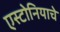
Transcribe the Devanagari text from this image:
एस्टोनियाचे